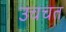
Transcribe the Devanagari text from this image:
उचचत